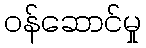
ဝန်ဆောင်မှု